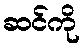
ဆင်ကို